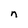
Character: n